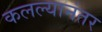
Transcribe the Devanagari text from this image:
कलल्यानंतर